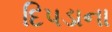
દિપડાના